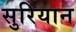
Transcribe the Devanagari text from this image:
सुरियान